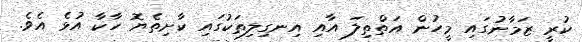
ކުރީ ޒަމާނުގައި މީހުން އަތްތިލަ އާއި އިނގިލިތަކުގައި ކާށިތެޔޮ ހާކާ އުޅެ އެވެ.